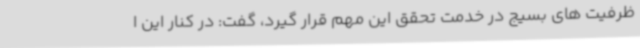
ظرفیت های بسیج در خدمت تحقق این مهم قرار گیرد، گفت: در کنار این ا